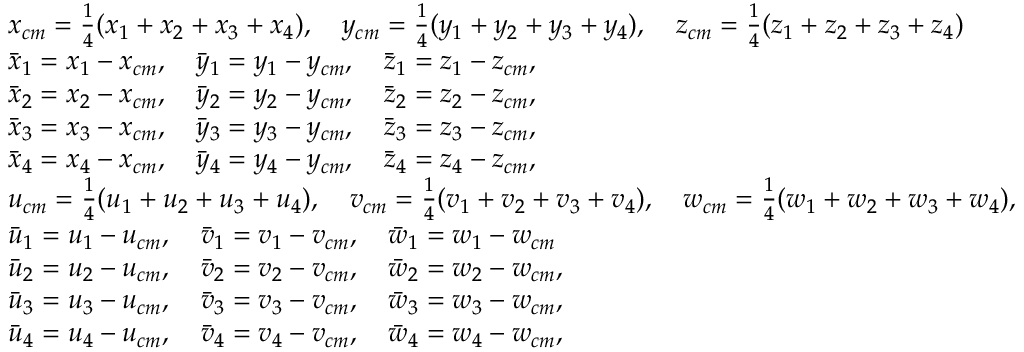
\begin{array} { r l } & { x _ { c m } = \frac { 1 } { 4 } ( x _ { 1 } + x _ { 2 } + x _ { 3 } + x _ { 4 } ) , \quad y _ { c m } = \frac { 1 } { 4 } ( y _ { 1 } + y _ { 2 } + y _ { 3 } + y _ { 4 } ) , \quad z _ { c m } = \frac { 1 } { 4 } ( z _ { 1 } + z _ { 2 } + z _ { 3 } + z _ { 4 } ) } \\ & { \Bar { x } _ { 1 } = x _ { 1 } - x _ { c m } , \quad \Bar { y } _ { 1 } = y _ { 1 } - y _ { c m } , \quad \Bar { z } _ { 1 } = z _ { 1 } - z _ { c m } , } \\ & { \Bar { x } _ { 2 } = x _ { 2 } - x _ { c m } , \quad \Bar { y } _ { 2 } = y _ { 2 } - y _ { c m } , \quad \Bar { z } _ { 2 } = z _ { 2 } - z _ { c m } , } \\ & { \Bar { x } _ { 3 } = x _ { 3 } - x _ { c m } , \quad \Bar { y } _ { 3 } = y _ { 3 } - y _ { c m } , \quad \Bar { z } _ { 3 } = z _ { 3 } - z _ { c m } , } \\ & { \Bar { x } _ { 4 } = x _ { 4 } - x _ { c m } , \quad \Bar { y } _ { 4 } = y _ { 4 } - y _ { c m } , \quad \Bar { z } _ { 4 } = z _ { 4 } - z _ { c m } , } \\ & { u _ { c m } = \frac { 1 } { 4 } ( u _ { 1 } + u _ { 2 } + u _ { 3 } + u _ { 4 } ) , \quad v _ { c m } = \frac { 1 } { 4 } ( v _ { 1 } + v _ { 2 } + v _ { 3 } + v _ { 4 } ) , \quad w _ { c m } = \frac { 1 } { 4 } ( w _ { 1 } + w _ { 2 } + w _ { 3 } + w _ { 4 } ) , } \\ & { \Bar { u } _ { 1 } = u _ { 1 } - u _ { c m } , \quad \Bar { v } _ { 1 } = v _ { 1 } - v _ { c m } , \quad \Bar { w } _ { 1 } = w _ { 1 } - w _ { c m } } \\ & { \Bar { u } _ { 2 } = u _ { 2 } - u _ { c m } , \quad \Bar { v } _ { 2 } = v _ { 2 } - v _ { c m } , \quad \Bar { w } _ { 2 } = w _ { 2 } - w _ { c m } , } \\ & { \Bar { u } _ { 3 } = u _ { 3 } - u _ { c m } , \quad \Bar { v } _ { 3 } = v _ { 3 } - v _ { c m } , \quad \Bar { w } _ { 3 } = w _ { 3 } - w _ { c m } , } \\ & { \Bar { u } _ { 4 } = u _ { 4 } - u _ { c m } , \quad \Bar { v } _ { 4 } = v _ { 4 } - v _ { c m } , \quad \Bar { w } _ { 4 } = w _ { 4 } - w _ { c m } , } \end{array}